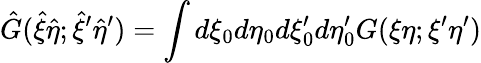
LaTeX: {\hat{G}}({\hat{\xi}}{\hat{\eta}};{\hat{\xi}}^{\prime}{\hat{\eta}}^{\prime})=\int{d\xi_{0}d\eta_{0}d\xi_{0}^{\prime}d\eta_{0}^{\prime}}G(\xi\eta;\xi^{\prime}\eta^{\prime})